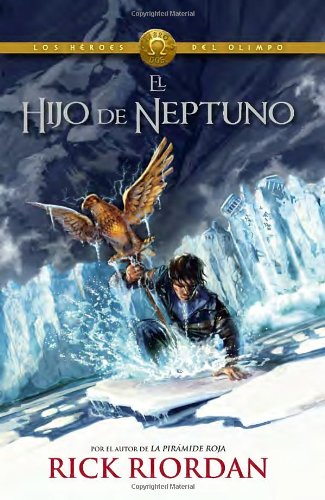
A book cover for El hijo de Neptuno: Heroes del Olimpo 2 (Spanish Edition); Rick Riordan; Science Fiction & Fantasy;